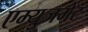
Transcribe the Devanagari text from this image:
एम्‍युजमेंट